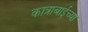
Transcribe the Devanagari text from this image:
कात्राबाईच्या